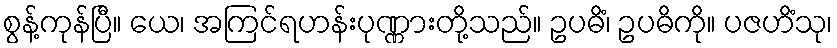
စွန့်ကုန်ပြီ။ ယေ၊ အကြင်ရဟန်းပုဏ္ဏားတို့သည်။ ဥပဓိံ၊ ဥပဓိကို။ ပဇဟိံသု၊